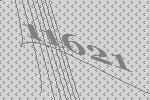
11621